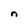
Character: n